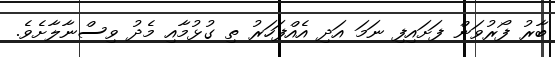
ބާރު ފޯރުވަން ފަށައިފި ނަމަ އަދި އެއްފަހަރު ތި ގުޅުމާއި މެދު ވިސްނާލާށެވެ.